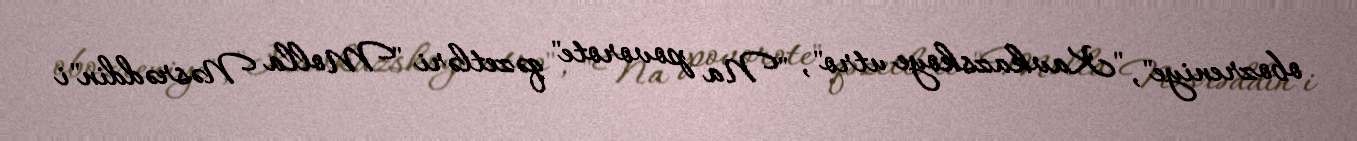
obozreniye", "Kavkazskoye utro", "Na povorote" qəzetləri "Molla Nəsrəddin"i